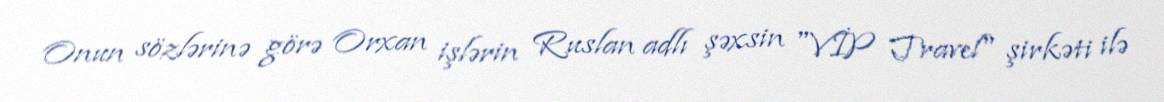
Onun sözlərinə görə Orxan işlərin Ruslan adlı şəxsin "VİP Travel" şirkəti ilə